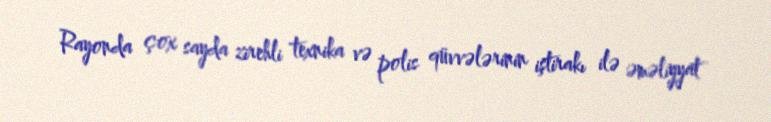
Rayonda çox sayda zirehli texnika və polis qüvvələrinin iştirakı ilə əməliyyat